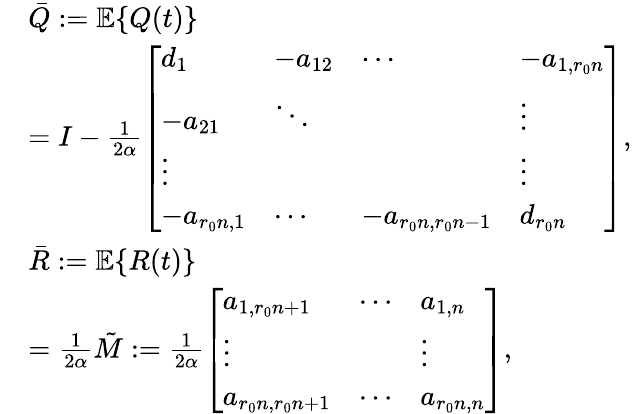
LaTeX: \begin{array}{rl}&{\bar{Q}:=\mathbb{E}\{ Q(t)\} }\\ &{=I-\frac{1}{2\alpha}\left[\begin{array}{llll}{d_{1}}&{-a_{12}}&{\cdots}&{-a_{1,r_{0}n}}\\ {-a_{21}}&{\ddots}&&{\vdots}\\ {\vdots}&&&{\vdots}\\ {-a_{r_{0}n,1}}&{\cdots}&{-a_{r_{0}n,r_{0}n-1}}&{d_{r_{0}n}}\end{array}\right],}\\ &{\bar{R}:=\mathbb{E}\{ R(t)\} }\\ &{=\frac{1}{2\alpha}\tilde{M}:=\frac{1}{2\alpha}\left[\begin{array}{lll}{a_{1,r_{0}n+1}}&{\cdots}&{a_{1,n}}\\ {\vdots}&&{\vdots}\\ {a_{r_{0}n,r_{0}n+1}}&{\cdots}&{a_{r_{0}n,n}}\end{array}\right],}\end{array}